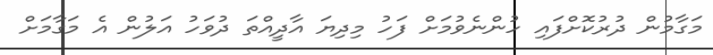
މަގާމުން ދުރުކޮށްފައި ހުންނެވުމަށް ފަހު މިދިޔަ އާދީއްތަ ދުވަހު އަލުން އެ މަގާމަށް